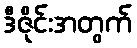
ဒီဇိုင်းအတွက်